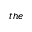
t h e